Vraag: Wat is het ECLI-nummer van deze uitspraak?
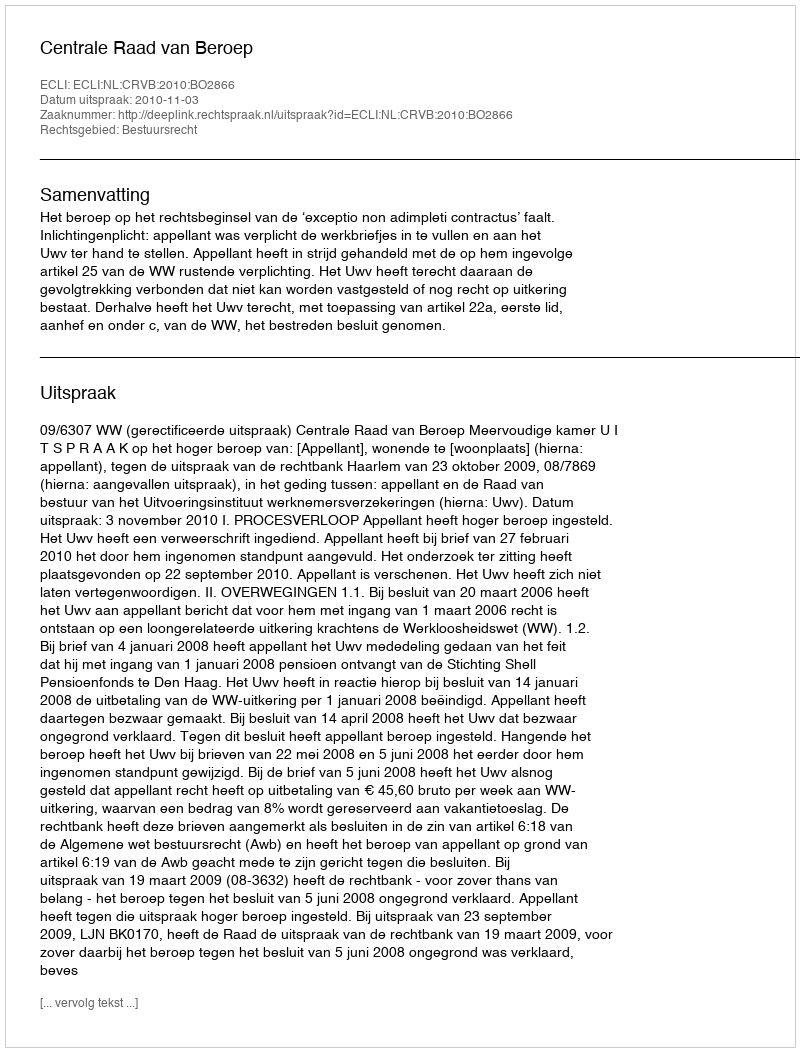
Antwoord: ECLI:NL:CRVB:2010:BO2866